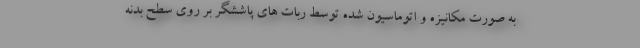
به صورت مکانیزه و اتوماسیون شده توسط ربات های پاششگر بر روی سطح بدنه